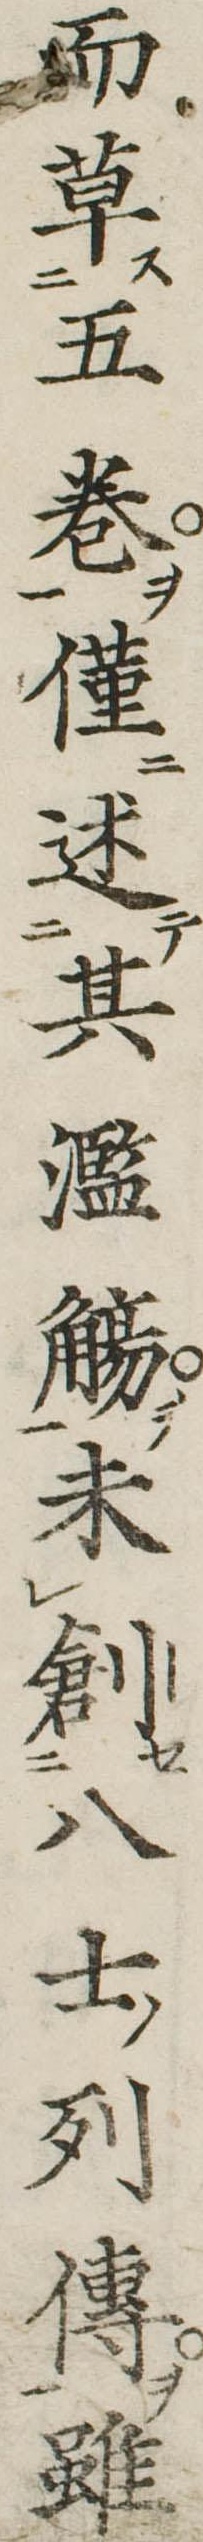
而草五巻僅述其濫觴未創八士列伝雖